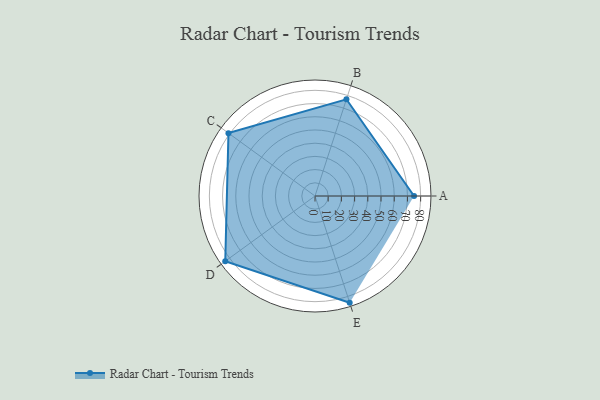
{"axis": {"x": "Skill", "y": "Score"}, "legend": ["Profile"], "data": [{"x": "A", "y": 75.0, "type": "Profile"}, {"x": "B", "y": 77.0, "type": "Profile"}, {"x": "C", "y": 81.0, "type": "Profile"}, {"x": "D", "y": 84.0, "type": "Profile"}, {"x": "E", "y": 85.0, "type": "Profile"}]}